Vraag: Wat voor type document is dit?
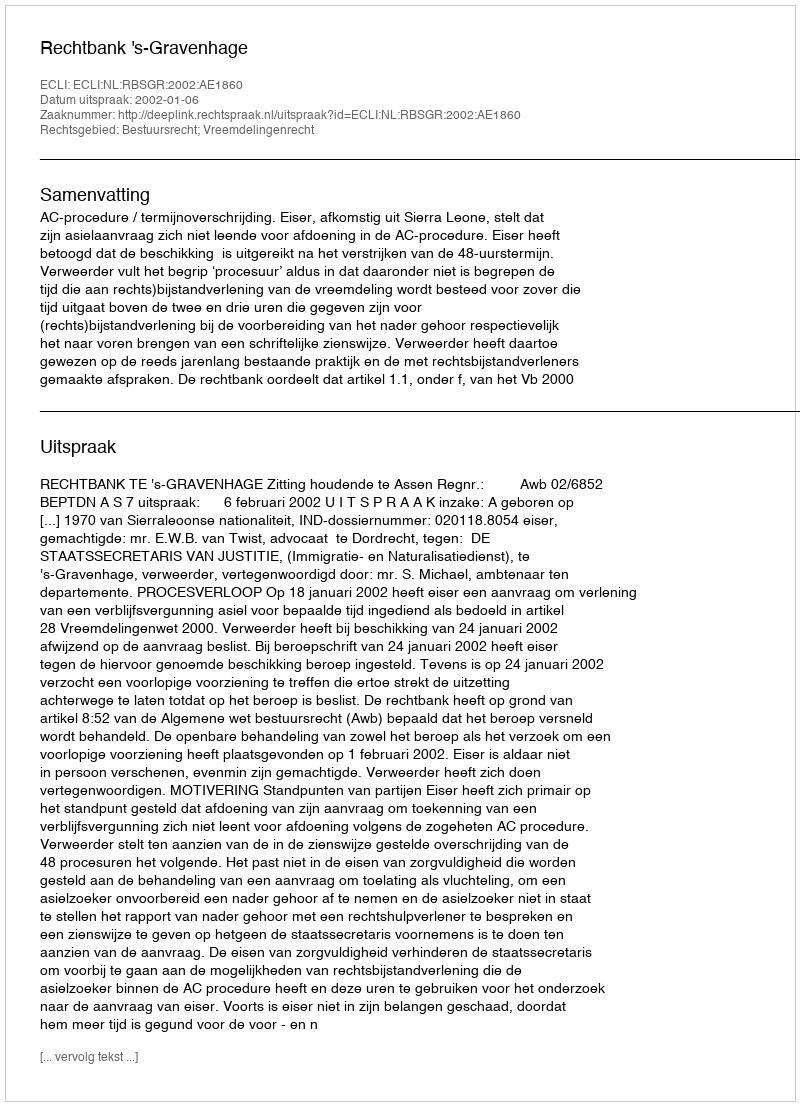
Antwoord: Uitspraak